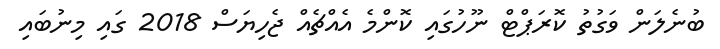
ބުނެލަން ވަގުތު ކޮރަޕްޓް ނޫހުގައި ކޮންމެ އެއްޗެއް ޖެހިޔަސް 2018 ގައި މިނުބައި